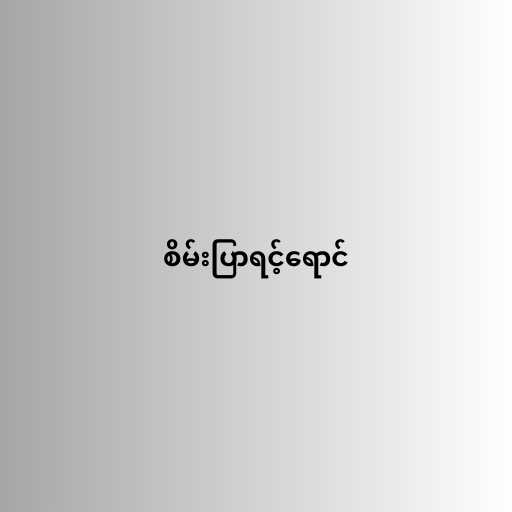
စိမ်းပြာရင့်ရောင်